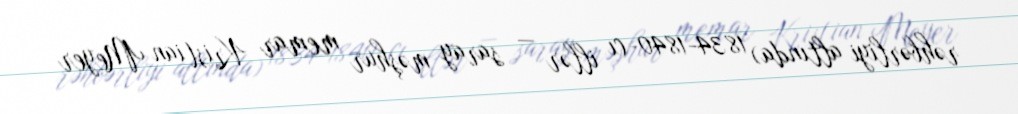
rəhbərliyi altında) 1834-1840-cı illər — saray məşhur memar Kristian Meyer